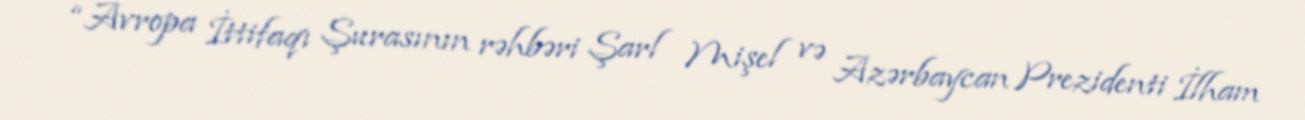
“Avropa İttifaqı Şurasının rəhbəri Şarl Mişel və Azərbaycan Prezidenti İlham